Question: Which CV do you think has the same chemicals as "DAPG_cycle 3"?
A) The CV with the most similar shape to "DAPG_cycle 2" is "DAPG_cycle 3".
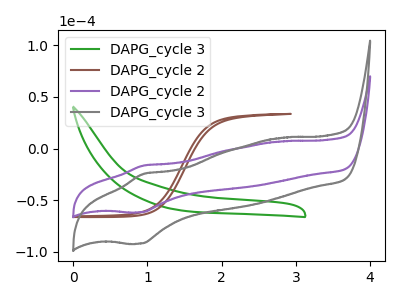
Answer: <think>The green curve "DAPG_cycle 3" has no peaks. The brown curve "DAPG_cycle 2" has no peaks. The purple curve "DAPG_cycle 2" has an anodic peak at (0.95V, -16.35uA) and a cathodic peak at (0.90V, -61.50uA). The gray curve "DAPG_cycle 3" has an anodic peak at (0.95V, -24.40uA) and a cathodic peak at (0.90V, -91.75uA).
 Neither "DAPG_cycle 3" or "DAPG_cycle 2" have any peaks. "DAPG_cycle 3" and "DAPG_cycle 2" have a different number of peaks. "DAPG_cycle 3" and "DAPG_cycle 3" have a different number of peaks. "DAPG_cycle 2" and "DAPG_cycle 2" have a different number of peaks. "DAPG_cycle 2" and "DAPG_cycle 3" have a different number of peaks. All the peaks in "DAPG_cycle 2" have a peak in "DAPG_cycle 3" at the same potential.</think>
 <answer>A) The CV with the most similar shape to "DAPG_cycle 2" is "DAPG_cycle 3".</answer>
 <eval>A</eval>